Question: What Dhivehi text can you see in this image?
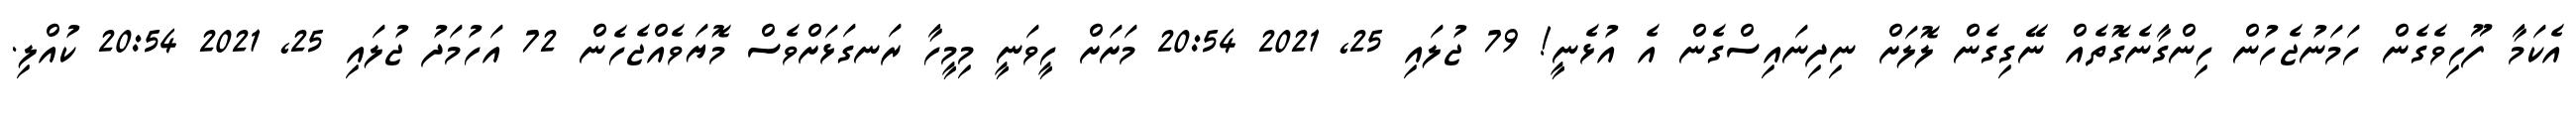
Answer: އެކަމާ ފޫހިވެގެން ހަމަނުޖެހުން ހިންގާނެގޮތެއް ނޭގިގެން ލޮލަށް ނިދިނައިސްގެން އެ އުޅެނީ! 79 ޖުލައި 25, 2021 20:54 މަށަށް ހީވަނީ މިމީހާ ރަނގަޅަށްވެސް މޮޔަވެއްޖެހެން 72 އަހުމަދު ޖުލައި 25, 2021 20:54 ކުއްލި.